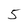
Character: 5